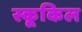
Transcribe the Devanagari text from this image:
स्कूकिल